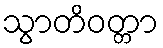
သွာတိဝတ္တာ